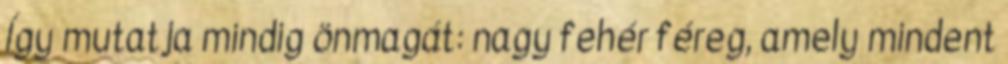
Így mutatja mindig önmagát: nagy fehér féreg, amely mindent